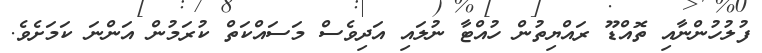
ފުލުހުންނާއި ތޮއްޑޫ ރައްޔިތުން ހުއްޓާ ނުލައި އަދިވެސް މަސައްކަތް ކުރަމުން އަންނަ ކަމަށެވެ.